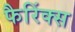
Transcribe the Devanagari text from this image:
फैरिंक्स